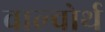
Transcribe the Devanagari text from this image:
वाल्वोर्थ